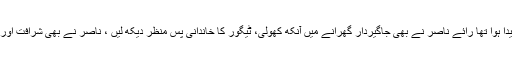
ٹیگور بھی جاگیردار گھرانے میں پیدا ہوا تھا رائے ناصر نے بھی جاگیردار گھرانے میں آنکھ کھولی، ٹیگور کا خاندانی پس منظر دیکھ لیں ، ناصر نے بھی شرافت اور دیانت کا پیغام ماں کی گود سے لیا۔